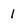
Character: 1